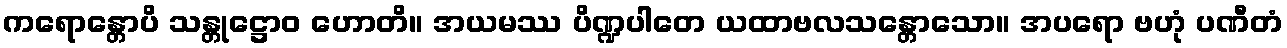
ကရောန္တောပိ သန္တုဋ္ဌောဝ ဟောတိ။ အယမဿ ပိဏ္ဍပါတေ ယထာဗလသန္တောသော။ အပရော ဗဟုံ ပဏီတံ